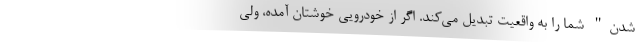
شدن" شما را به واقعیت تبدیل می‌کند. اگر از خودرویی خوشتان آمده، ولی